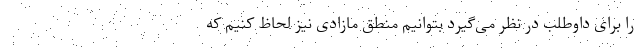
را برای داوطلب در نظر می‌گیرد بتوانیم منطق مازادی نیز لحاظ کنیم که